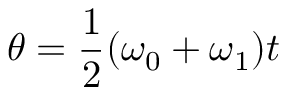
\theta = { \frac { 1 } { 2 } } ( \omega _ { 0 } + \omega _ { 1 } ) t